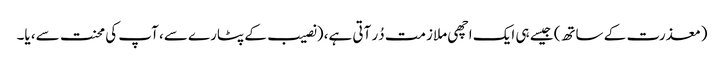
(معذرت کے ساتھ) جیسے ہی ایک اچھی ملازمت دُر آتی ہے، (نصیب کے پٹارے سے، آپ کی محنت سے، یا۔